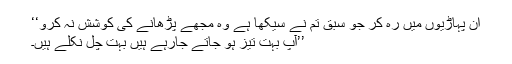
ان پہاڑیوں میں رہ کر جو سبق تم نے سیکھا ہے وہ مجھے پڑھانے کی کوشش نہ کرو‘‘
’’آپ بہت تیز ہو جاتے جارہے ہیں بہت چل نکلے ہیں۔